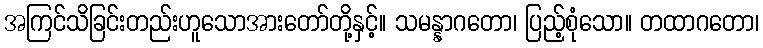
အကြင်သိခြင်းတည်းဟူသောအားတော်တို့နှင့်။ သမန္နာဂတော၊ ပြည့်စုံသော။ တထာဂတော၊